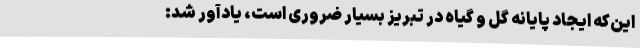
این‌که ایجاد پایانه گل و گیاه در تبریز بسیار ضروری است، یادآور شد: